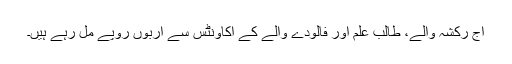
آج رکشہ والے، طالب علم اور فالودے والے کے اکاؤنٹس سے اربوں روپے مل رہے ہیں۔